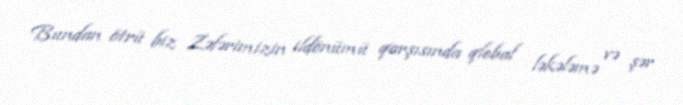
Bundan ötrü biz Zəfərimizin ildönümü qarşısında qlobal ləkələmə və şər